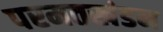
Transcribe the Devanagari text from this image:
परमतखंडन